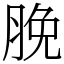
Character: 脕